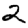
Digit: 2